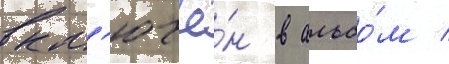
вкл'ючё́н в альбо́м /